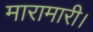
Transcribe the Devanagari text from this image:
मारामारी।